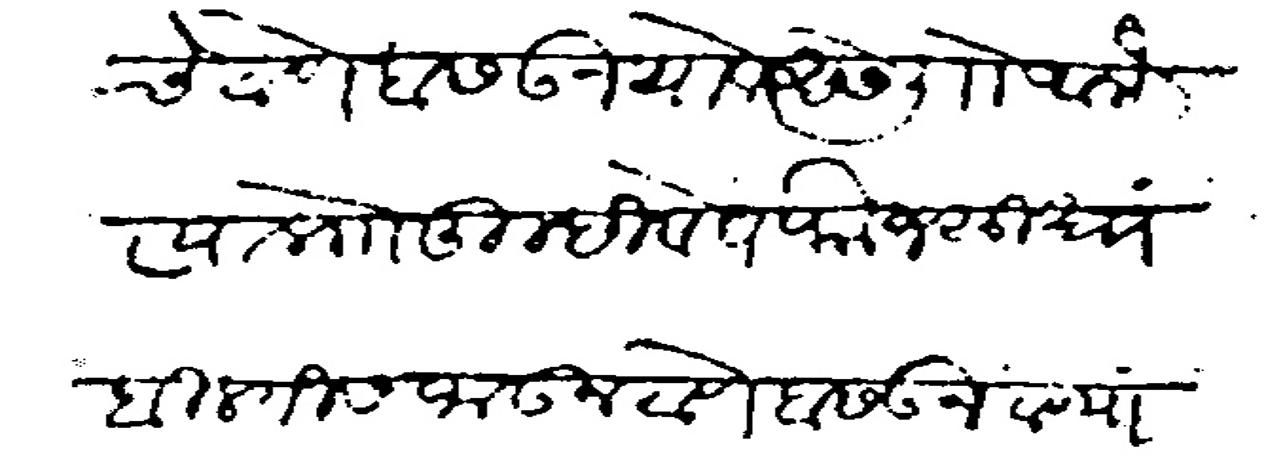
Transliteration (Devanagari): बिलगीचे ठाणे बसऊन यावे असे ली आहे त्या प्राो तुम्ही व ते फौज सुधा बिलगीस जाऊन ठाणे बसऊन ठाण्याचे